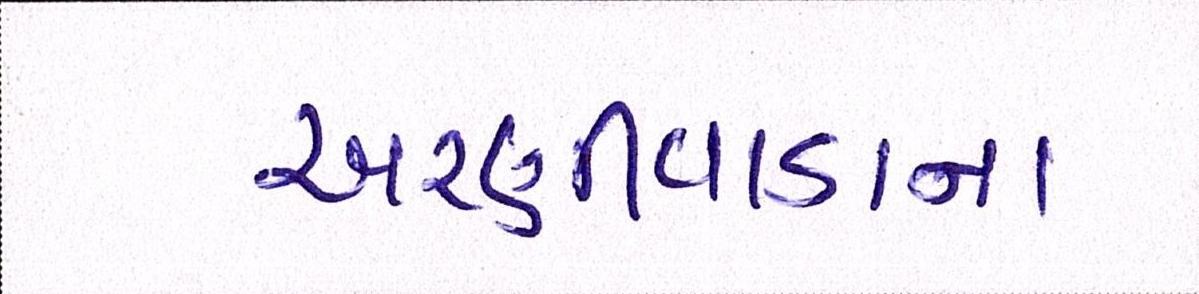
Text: અરણીવાડાના